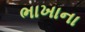
ભાખાના